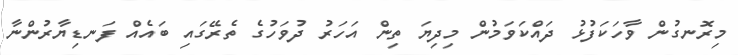
މިރޮނގުން ވާހަކަފުޅު ދައްކަވަމުން މިދިޔަ ތިން އަހަރު ދުވަހުގެ ތެރޭގައި ބައެއް ފަނޑިޔާރުންނާ